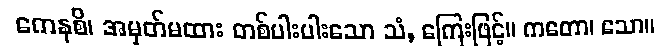
ကေနစိ၊ အမှတ်မထား တစ်ပါးပါးသော သံ, ကြေးဖြင့်။ ကတော၊ သော။